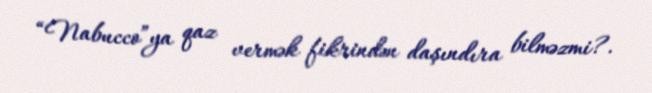
“Nabucco”ya qaz vermək fikrindən daşındıra bilməzmi?.